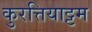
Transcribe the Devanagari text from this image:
कुरत्तियाट्टम